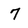
Character: 7